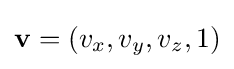
\mathbf {v} =(v_{x},v_{y},v_{z},1)